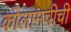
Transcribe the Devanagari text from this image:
कोलामचीची